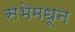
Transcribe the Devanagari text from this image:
सभेमधून